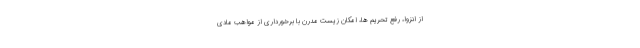
از انزوا، رفع تحریم ها، امکان زیست مدرن با برخورداری از مواهب مادی